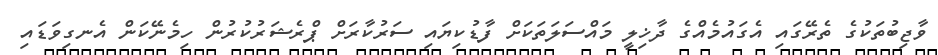
ވާޖިބުތަކުގެ ތެރޭގައި އެގައުމެއްގެ ދާޚިލީ މައްސަލަތަކަށް ފާޑުކިޔައި ސަރުކާރަށް ޕްރެޝަރުކުރުން ހިމެނޭކަން އެނގިވަޑައި